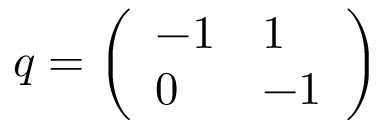
q = { \left( \begin{array} { l l } { - 1 } & { 1 } \\ { 0 } & { - 1 } \end{array} \right) }